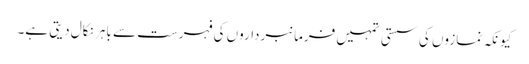
کیونکہ نمازوں کی سستی تمہیں فرمانبرداروں کی فہرست سے باہر نکال دیتی ہے۔